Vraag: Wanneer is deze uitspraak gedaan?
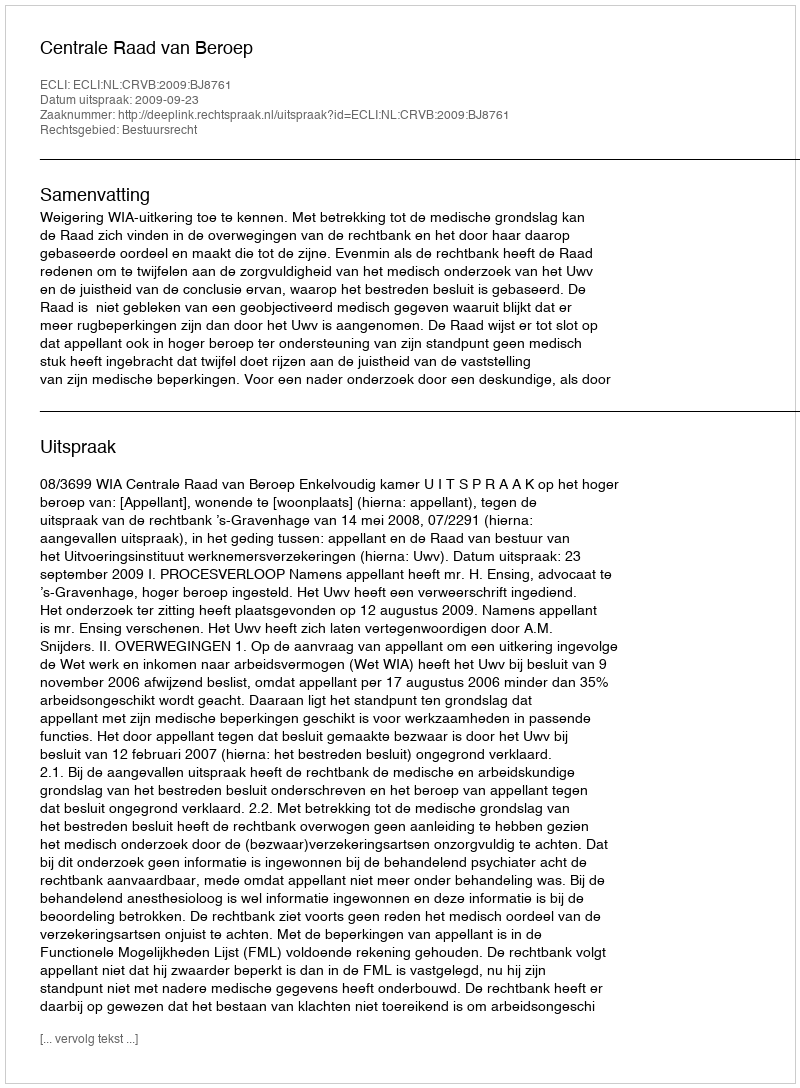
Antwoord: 2009-09-23